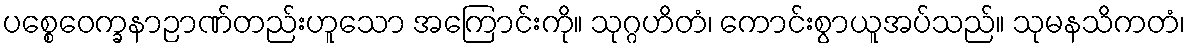
ပစ္စေဝေက္ခနာဉာဏ်တည်းဟူသော အကြောင်းကို။ သုဂ္ဂဟိတံ၊ ကောင်းစွာယူအပ်သည်။ သုမနသိကတံ၊